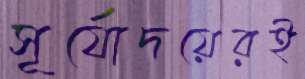
সূর্যোদয়েরই